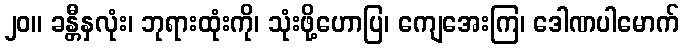
၂၀။ ခန္တီနှလုံး၊ ဘုရားထုံးကို၊ သုံးဖို့ဟောပြ၊ ကျေအေးကြ၊ ဒေါဏပါမောက်